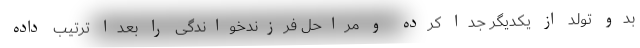
بدو تولد از یکدیگر جدا کرده و مراحل فرزندخواندگی را بعداً ترتیب داده